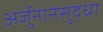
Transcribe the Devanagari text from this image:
अर्जुनानेसुद्धा